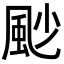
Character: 𩖥